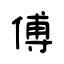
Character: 傅